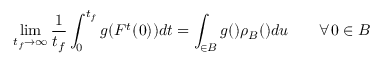
\operatorname* { l i m } _ { t _ { f } \to \infty } \frac { 1 } { t _ { f } } \int _ { 0 } ^ { t _ { f } } g ( F ^ { t } ( \u _ { 0 } ) ) d t = \int _ { \u \in B } g ( \u ) \rho _ { B } ( \u ) d u \qquad \forall \u _ { 0 } \in B